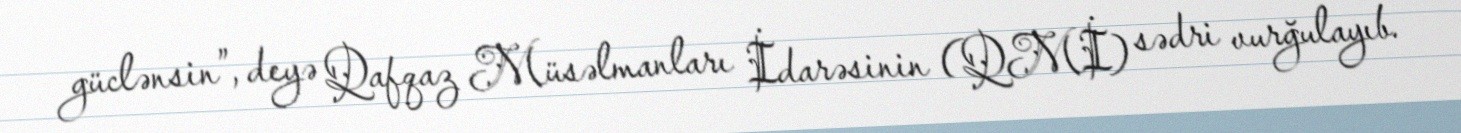
güclənsin”, deyə Qafqaz Müsəlmanları İdarəsinin (QMİ) sədri vurğulayıb.